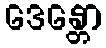
ဒေန္တော